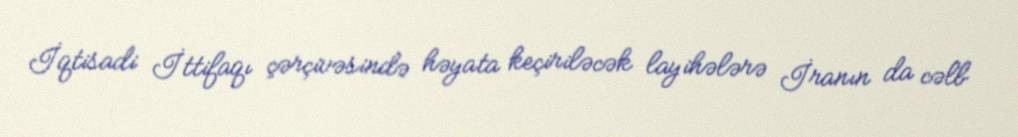
İqtisadi İttifaqı çərçivəsində həyata keçiriləcək layihələrə İranın da cəlb